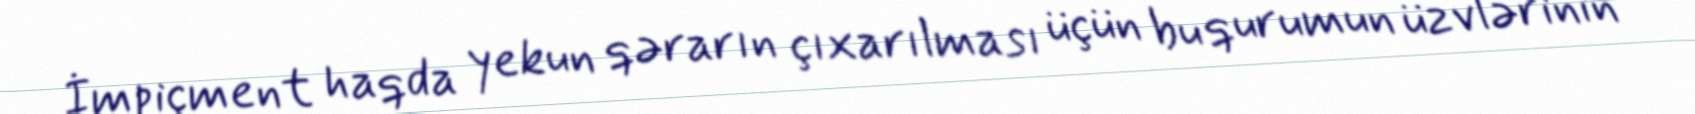
İmpiçment haqda yekun qərarın çıxarılması üçün bu qurumun üzvlərinin